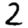
Digit: 2